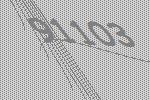
91103